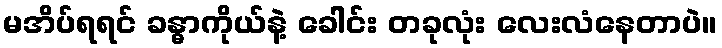
မအိပ်ရရင် ခန္ဓာကိုယ်နဲ့ ခေါင်း တခုလုံး လေးလံနေတာပဲ။